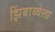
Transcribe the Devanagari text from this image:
झिंबाब्वेला